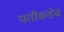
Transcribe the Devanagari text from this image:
पतीकडेच